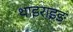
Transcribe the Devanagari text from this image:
थाइराइङ